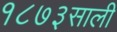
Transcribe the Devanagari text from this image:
१८७३साली